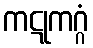
ကဋုကဂ္ဂံ